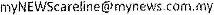
MYNEWSCARELINE@MYNEWS.COM.MY